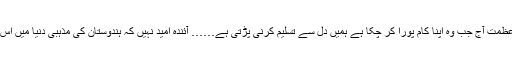
اس لٹریچر کی قدر و عظمت آج جب وہ اپنا کام پورا کر چکا ہے ہمیں دل سے تسلیم کرنی پڑتی ہے…… آئندہ امید نہیں کہ ہندوستان کی مذہبی دنیا میں اس شان کا شخص پیدا ہو۔